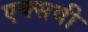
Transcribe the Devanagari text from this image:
एक्सवी